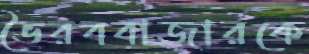
ভৈরববাজারকে